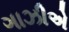
ગાઝીએ